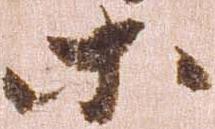
等